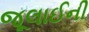
જૂલાઈની